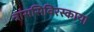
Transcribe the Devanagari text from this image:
त्रांससिबिरस्काया